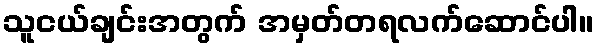
သူငယ်ချင်းအတွက် အမှတ်တရလက်ဆောင်ပါ။